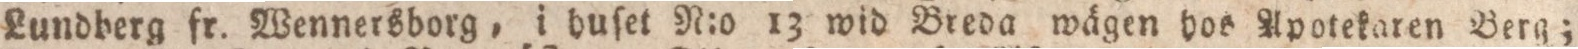
Lundberg fr. Wennersborg, i huſet N:o 13 wid Breda wägen hos Apotekaren Berg;